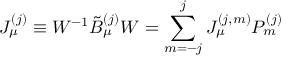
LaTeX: J _ { \mu } ^ { ( j ) } \equiv W ^ { - 1 } \tilde { B } _ { \mu } ^ { ( j ) } W = \sum _ { m = - j } ^ { j } J _ { \mu } ^ { ( j , m ) } P _ { m } ^ { ( j ) }